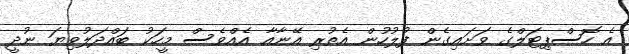
އެ ހޮސްޕިޓަލްގެ ވަށައިގެން ފުލުހުން އެތުރި އޭނާއާ އެއްވެސް މީހަކު ބައްދަލުވިޔަ ނުދީ